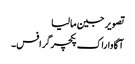
تصویر جین مالیا
آگاوا راک پکچرگرافس۔